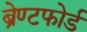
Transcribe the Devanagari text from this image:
ब्रेण्टफोर्ड